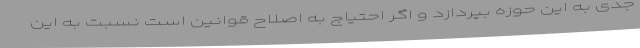
جدی به این حوزه بپردازد و اگر احتیاج به اصلاح قوانین است نسبت به این